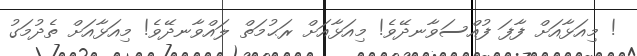
! މިއަޅާއަށް ފާފަ ފުއްސަވާނދޭވެ! މިއަޅާއަށް ރަޙުމަތް ލައްވާނދޭވެ! މިއަޅާއަށް ތެދުމަގު